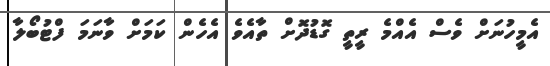
އެމީހުނަށް ވެސް އެއްމެ ރީތީ ގޮޑުދޮށް ތާއެވެ އެހެން ކަމަށް ވާނަމަ ފްޓުބޯލާ